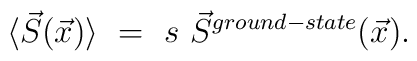
\langle \vec{S}(\vec{x}) \rangle ~ = ~s ~ \vec{S}^{ground-state}(\vec{x}).